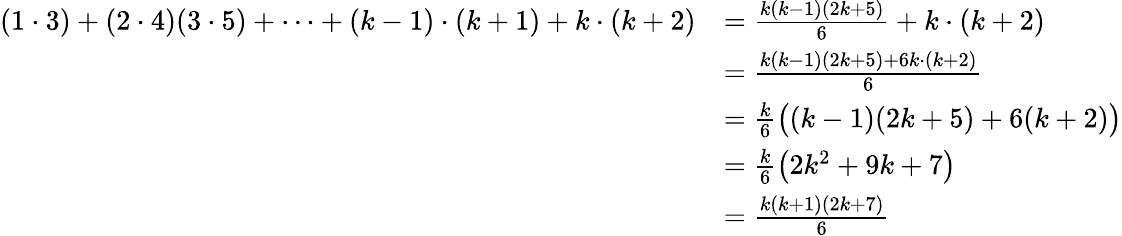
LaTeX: \begin{array}{rl}{(1\cdot 3)+(2\cdot 4)(3\cdot 5)+\dots+(k-1)\cdot(k+1)+k\cdot(k+2)}&{=\frac{k(k-1)(2k+5)}{6}+k\cdot(k+2)}\\ &{=\frac{k(k-1)(2k+5)+6k\cdot(k+2)}6}\\ &{=\frac{k}{6}\big((k-1)(2k+5)+6(k+2)\big)}\\ &{=\frac{k}{6}\left(2k^{2}+9k+7\right)}\\ &{=\frac{k(k+1)(2k+7)}{6}}\end{array}